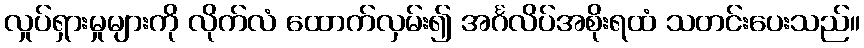
လှုပ်ရှားမှုများကို လိုက်လံ ထောက်လှမ်း၍ အင်္ဂလိပ်အစိုးရထံ သတင်းပေးသည်။